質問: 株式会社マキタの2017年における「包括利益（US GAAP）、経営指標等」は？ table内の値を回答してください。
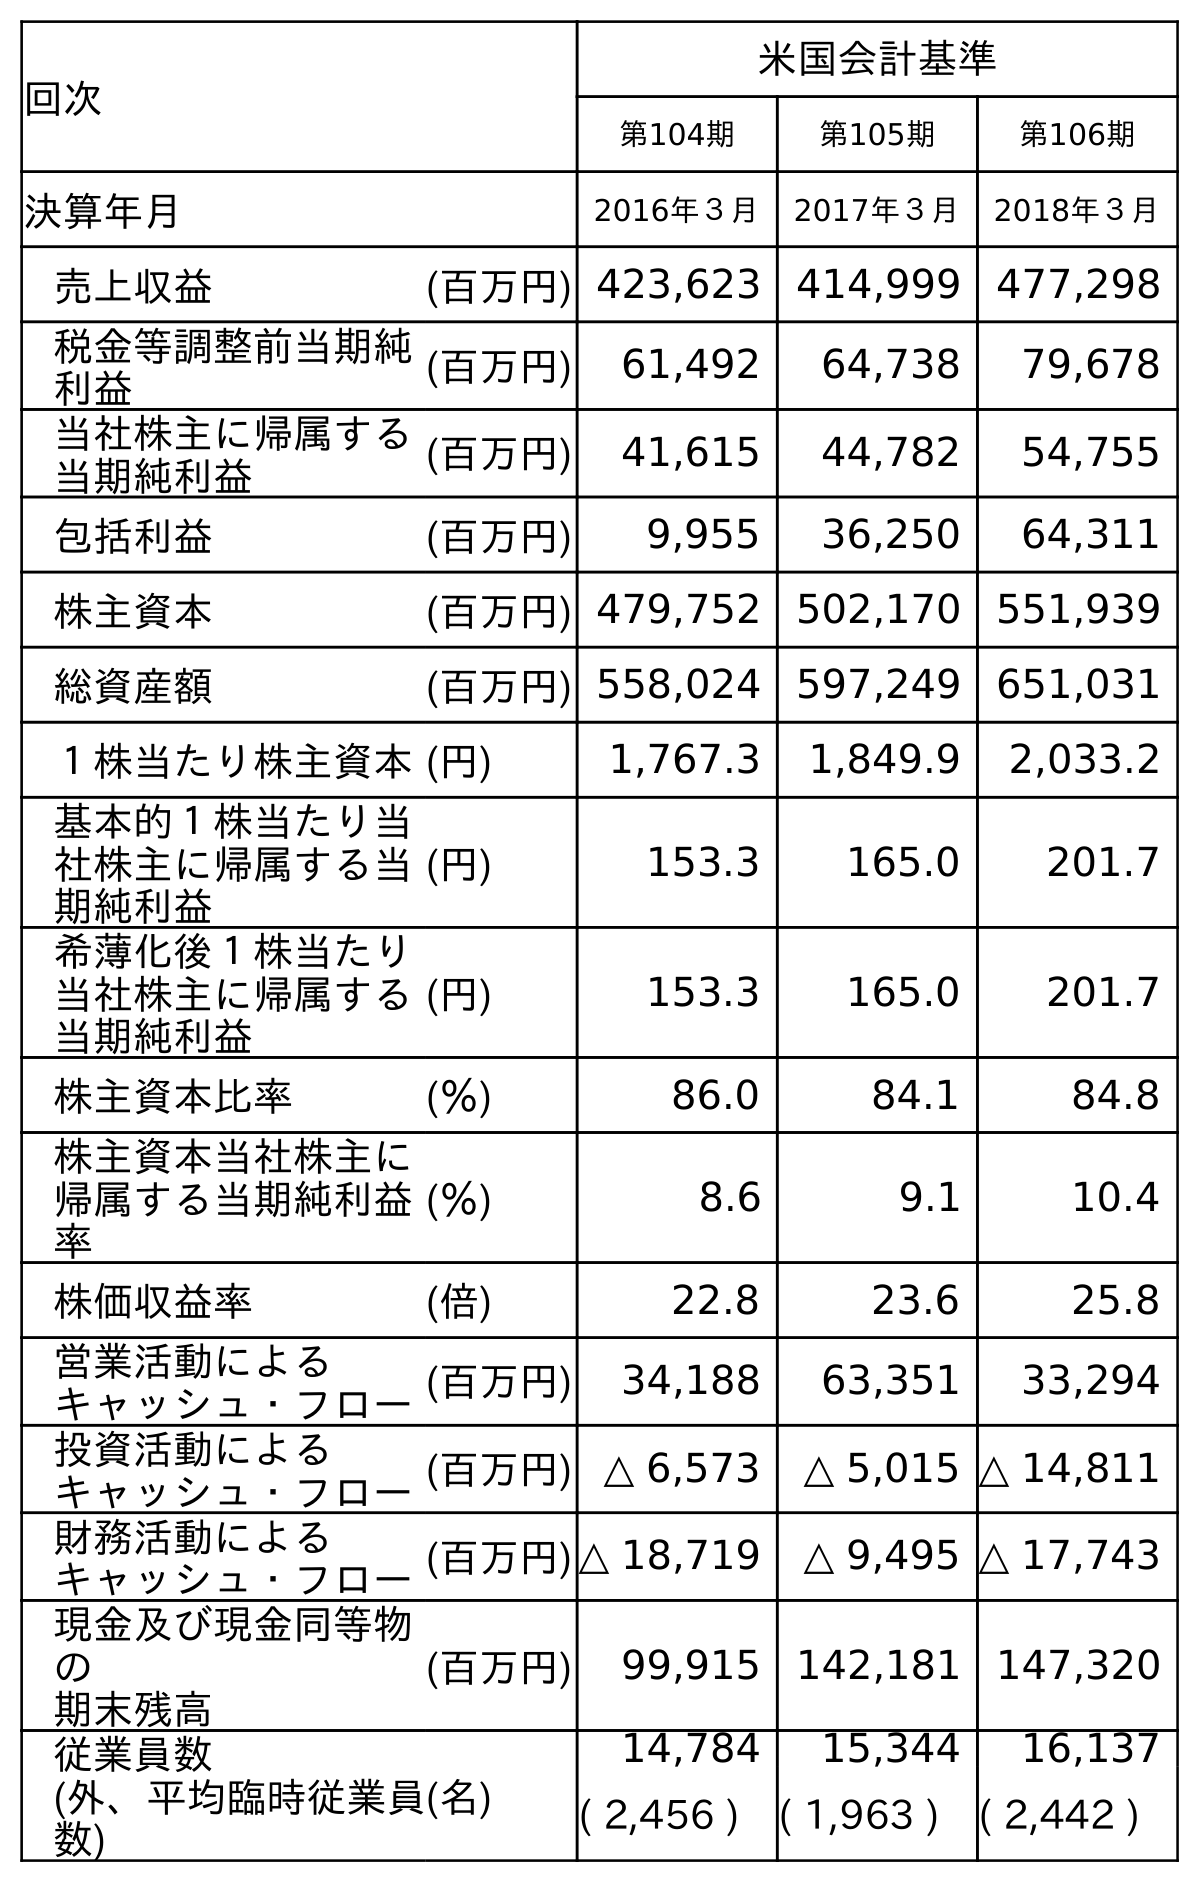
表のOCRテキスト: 回次 米国会計基準 第104期 第105期 第106期 決算年月 2016年３月 2017年３月 2018年３月 売上収益 (百万円) 423,623 414,999 477,298 税金等調整前当期純 利益 (百万円) 61,492 64,738 79,678 当社株主に帰属する 当期純利益 (百万円) 41,615 44,782 54,755 包括利益 (百万円) 9,955 36,250 64,311 株主資本 (百万円) 479,752 502,170 551,939 総資産額 (百万円) 558,024 597,249 651,031 １株当たり株主資本(円) 1,767.3 1,849.9 2,033.2 基本的１株当たり当 社株主に帰属する当 期純利益 (円) 153.3 165.0 201.7 希薄化後１株当たり 当社株主に帰属する 当期純利益 (円) 153.3 165.0 201.7 株主資本比率 (％) 86.0 84.1 84.8 株主資本当社株主に 帰属する当期純利益 率 (％) 8.6 9.1 10.4 株価収益率 (倍) 22.8 23.6 25.8 営業活動による キャッシュ・フロー(百万円) 34,188 63,351 33,294 投資活動による キャッシュ・フロー(百万円) △ 6,573 △ 5,015 △ 14,811 財務活動による キャッシュ・フロー(百万円)△ 18,719 △ 9,495 △ 17,743 現金及び現金同等物 の 期末残高 (百万円) 99,915 142,181 147,320 従業員数 (外、平均臨時従業員 数) (名) 14,784 15,344 16,137 ( 2,456 ) ( 1,963 ) ( 2,442 )
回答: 36,250